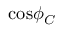
\mathrm { c o s } \phi _ { C }